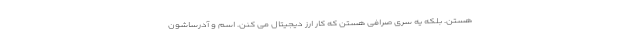
هستن. بلکه یه سری صرافی هستن که کار ارز دیجیتال می کنن. اسم و آدرساشون